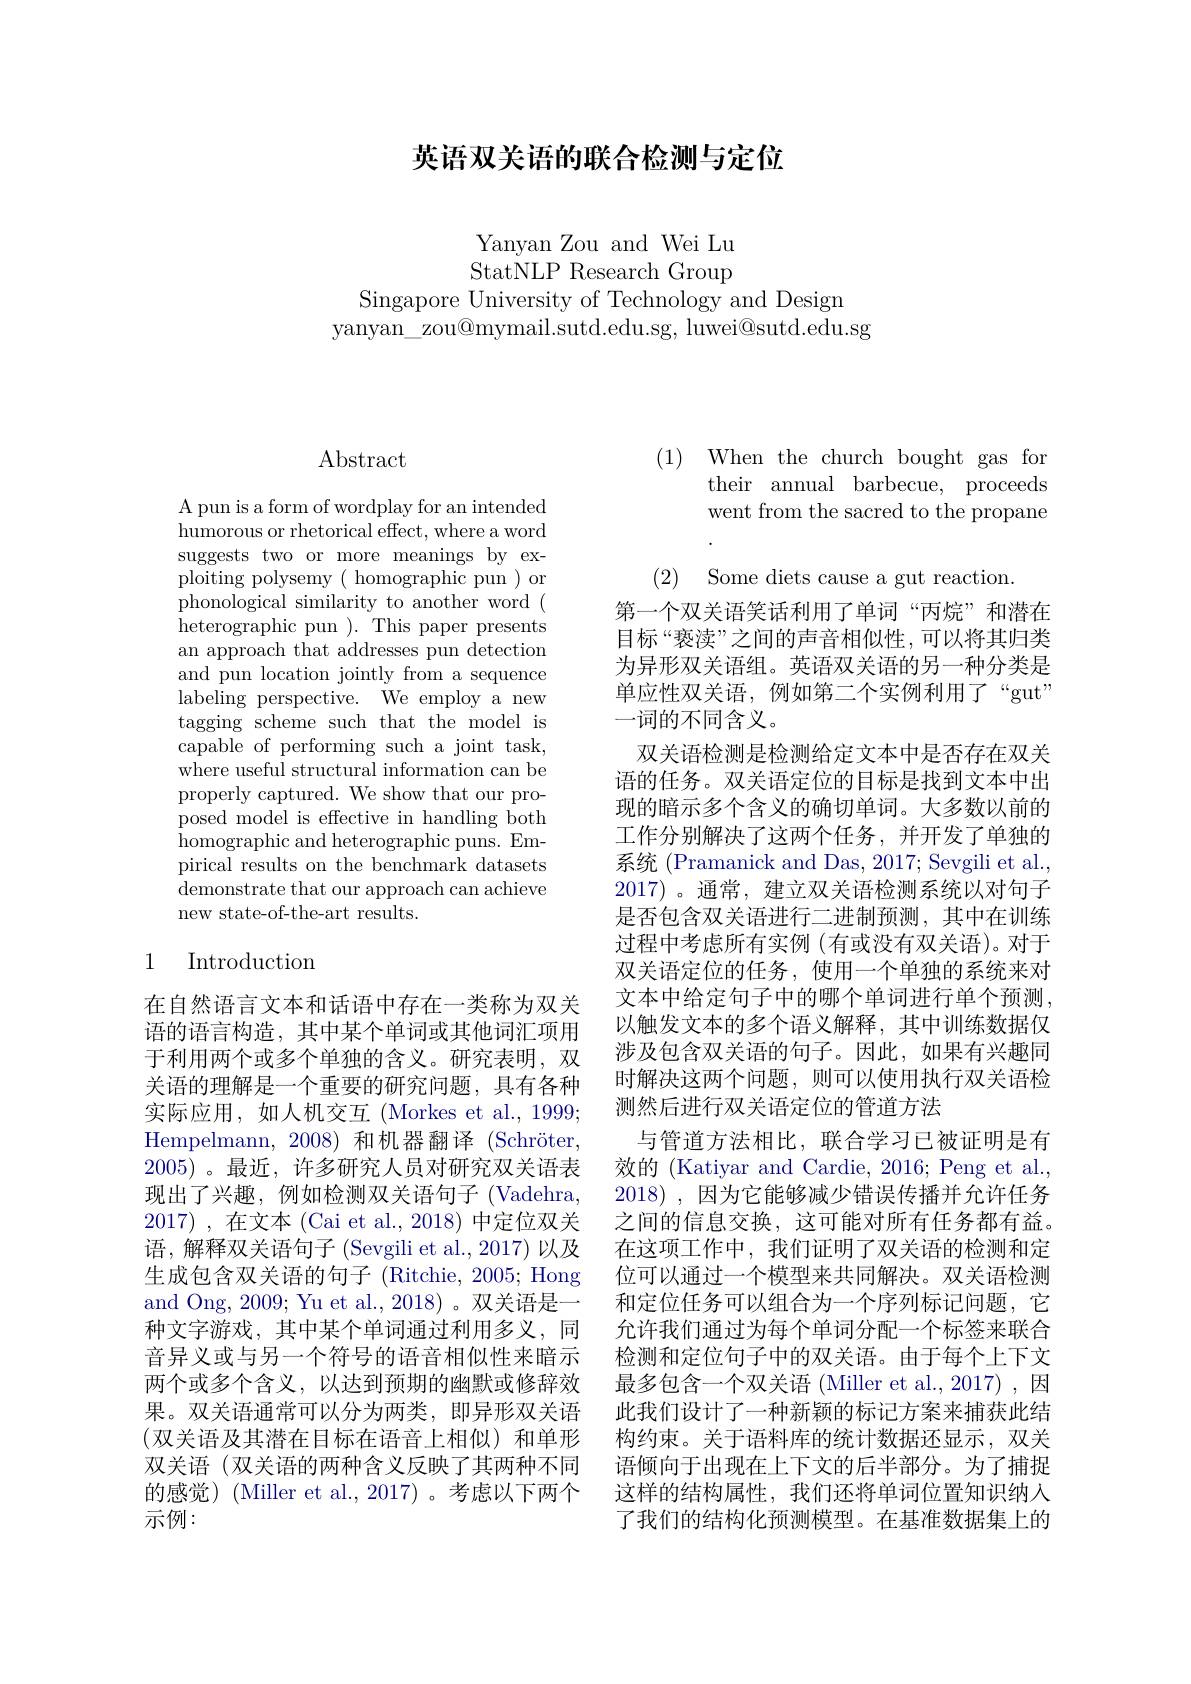
英语双关语的联合检测与定位

Yanyan Zou and Wei Lu StatNLP Research Group
Singapore University of Technology and Design
yanyan\_zou@mymail.sutd.edu.sg, luwei@sutd.edu.sg

(1) When the church bought gas for

## $\operatorname{Abstract}$

A pun is a form of wordplay for an intended humorous or rhetorical effect, where a word suggests two or more meanings by exploiting polysemy( homographic pun ) or phonological similarity to another word ( heterographic pun ). This paper presents an approach that addresses pun detection and pun location jointly from a sequence labeling perspective. We employ a new tagging scheme such that the model is capable of performing such a joint task, where useful structural information can be properly captured. We show that our proposed model is effective in handling both homographic and heterographic puns. Empirical results on the benchmark datasets ${\text{demonstrate that our approach can achieve}}$ new state-of-the-art results.

## 1 Introduction

在自然语言文本和话语中存在一类称为双关语的语言构造，其中某个单词或其他词汇项用于利用两个或多个单独的含义。研究表明，双关语的理解是一个重要的研究问题，具有各种实际应用，如人机交互(Morkes et al., 1999; Hempelmann, 2008) 和机器翻译(Schröter, 2005) 。最近 , 许多研究人员对研究双关语表现出了兴趣，例如检测双关语句子(Vadehra, 2017) , 在文本 (Cai et al., 2018) 中定位双关语，解释双关语句子(Sevgili et al., 2017) 以及生成包含双关语的句子 (Ritchie, 2005; Hong and Ong, 2009; Yu et al., 2018) 。双关语是一种文字游戏，其中某个单词通过利用多义，同音异义或与另一个符号的语音相似性来暗示两个或多个含义，以达到预期的幽默或修辞效果。双关语通常可以分为两类，即异形双关语(双关语及其潜在目标在语音上相似)和单形双关语 (双关语的两种含义反映了其两种不同的感觉)(Miller et al.,2017)。考虑以下两个示例：

$\begin{array}{l}\mathrm{their~annual~barbecue,~proceeds}\\\mathrm{went~from~the~sacred~to~the~propane}\end{array}$
(2) Some diets cause a gut reaction.
第一个双关语笑话利用了单词“丙烷”和潜在目标“亵渎”之间的声音相似性，可以将其归类为异形双关语组。英语双关语的另一种分类是单应性双关语，例如第二个实例利用了“gut” 一词的不同含义。
双关语检测是检测给定文本中是否存在双关语的任务。双关语定位的目标是找到文本中出现的暗示多个含义的确切单词。大多数以前的工作分别解决了这两个任务，并开发了单独的系统 (Pramanick and Das, 2017; Sevgili et al., 2017)。通常，建立双关语检测系统以对句子是否包含双关语进行二进制预测，其中在训练过程中考虑所有实例(有或没有双关语)。对于双关语定位的任务，使用一个单独的系统来对文本中给定句子中的哪个单词进行单个预测， 以触发文本的多个语义解释，其中训练数据仅涉及包含双关语的句子。因此，如果有兴趣同时解决这两个问题，则可以使用执行双关语检测然后进行双关语定位的管道方法
与管道方法相比，联合学习已被证明是有效的 (Katiyar and Cardie, 2016; Peng et al., 2018) , 因为它能够减少错误传播并允许任务之间的信息交换，这可能对所有任务都有益。在这项工作中，我们证明了双关语的检测和定位可以通过一个模型来共同解决。双关语检测和定位任务可以组合为一个序列标记问题，它允许我们通过为每个单词分配一个标签来联合检测和定位句子中的双关语。由于每个上下文最多包含一个双关语 (Miller et al., 2017) ,因此我们设计了一种新颖的标记方案来捕获此结构约束。关于语料库的统计数据还显示，双关语倾向于出现在上下文的后半部分。为了捕捉这样的结构属性，我们还将单词位置知识纳入了我们的结构化预测模型。在基准数据集上的